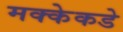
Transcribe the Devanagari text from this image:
मक्केकडे